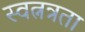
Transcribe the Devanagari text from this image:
स्वत्नत्रता